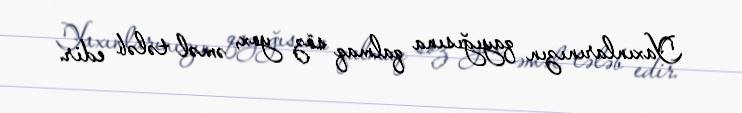
Yaxınlarınızın qayığısına qalmaq söz yox, əməl tələb edir.